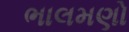
ભાલમણો